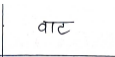
मजकूर: वाट